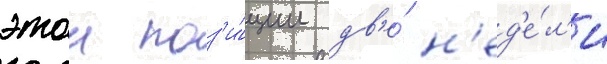
этои поз'и́ции дв'е́ н'ед'е́л'и